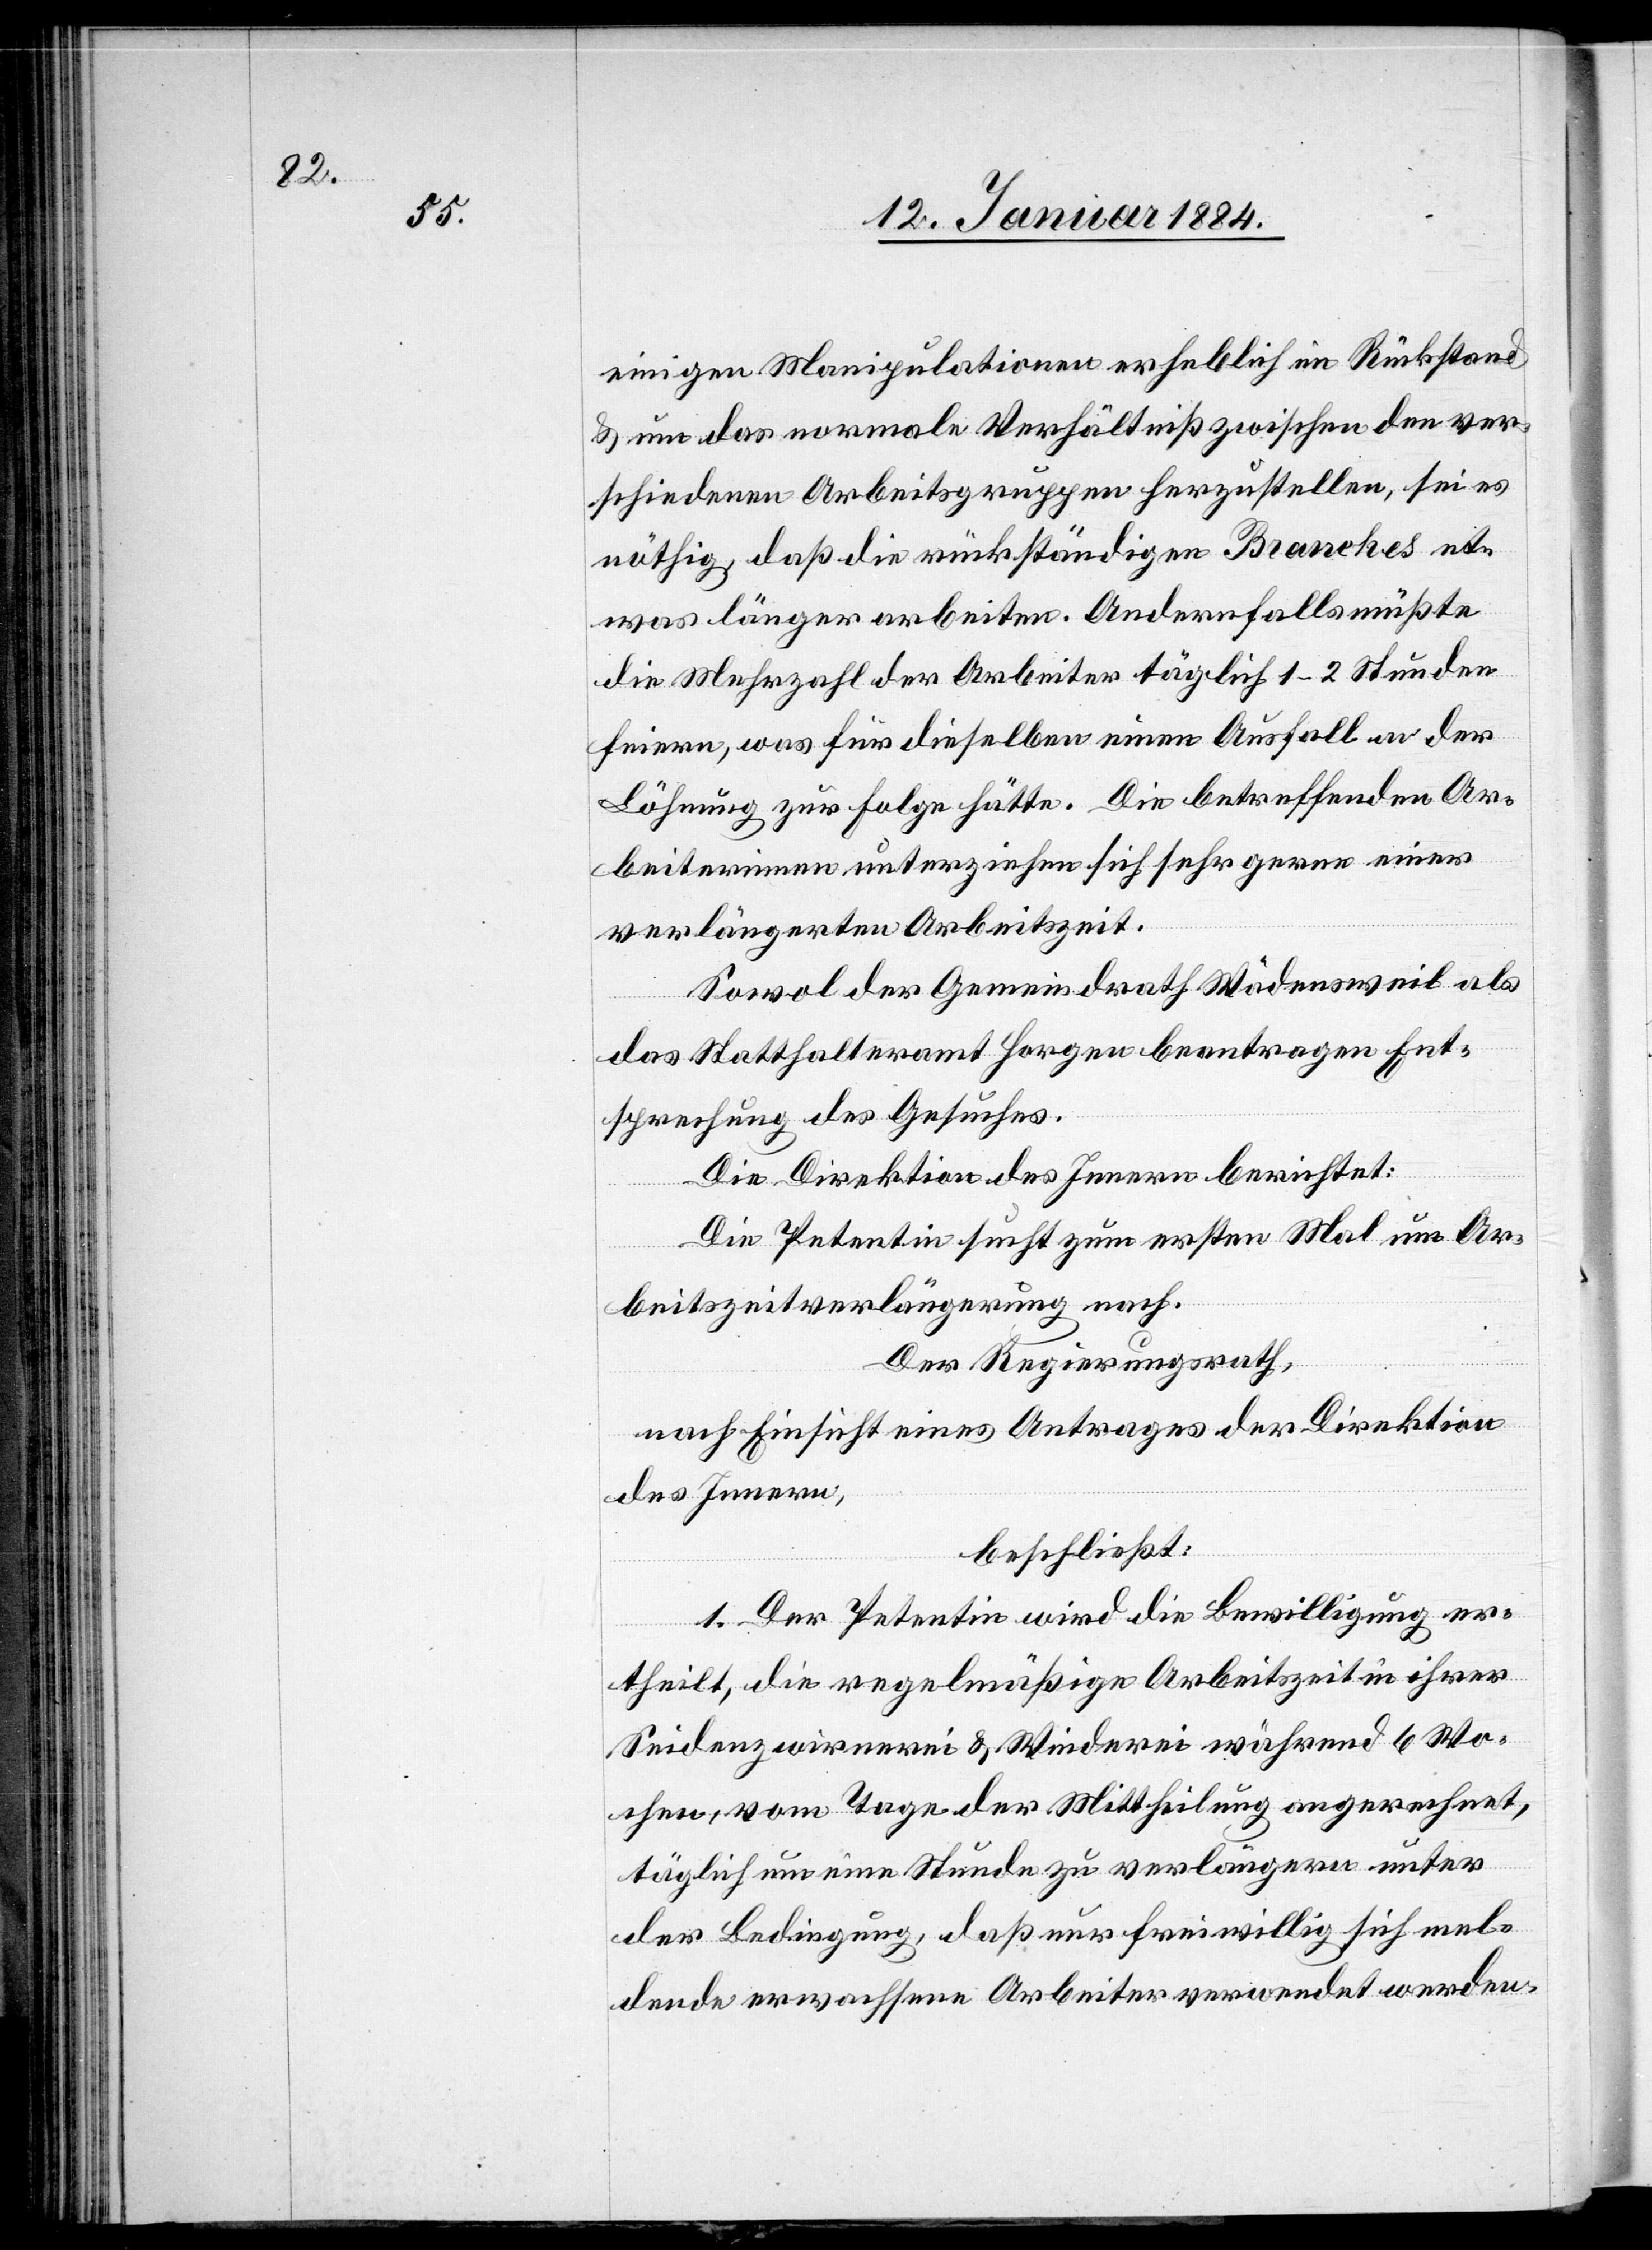
einigen Manipulationen erheblich im Rückstand
& um das normale Verhältniß zwischen den ver¬
schiedenen Arbeitsgruppen herzustellen, sei es
nöthig, daß die rückständigen Branches et¬
was länger arbeiten. Andernfalls müßte
die Mehrzahl der Arbeiter täglich 1–2 Stunden
feiern, was für dieselben einen Ausfall an der
Löhnung zur Folge hätte. Die betreffenden Ar¬
beiterinnen unterziehen sich sehr gerne einer
verlängerten Arbeitszeit.
Sowol der Gemeindrath Wädensweil als
das Statthalteramt Horgen beantragen Ent¬
sprechung des Gesuches.
Die Direktion des Innern berichtet:
Die Petentin sucht zum ersten Mal um Ar¬
beitszeitverlängerung nach.
Der Regierungsrath,
nach Einsicht eines Antrages der Direktion
des Innern,
beschließt:
1. Der Petentin wird die Bewilligung er¬
theilt, die regelmäßige Arbeitszeit in ihrer
Seidenzwirnerei & Weberei während 6 Wo¬
chen, vom Tage der Mittheilung angerechnet,
täglich um eine Stunde zu verlängern unter
der Bedingung, daß nur freiwillig sich mel¬
dende erwachsene Arbeiter verwendet werden.